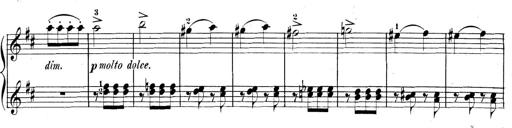
Title: 3 Sonatinen, Op.8
Composer: Isidor Wilhelm Seiss